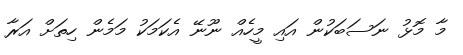
މާ މޮޅު ނަސަބަކުން އައި މީހެއް ނޫނޭ އެކަމަކު މަމެން ހިތަށް އަރާ